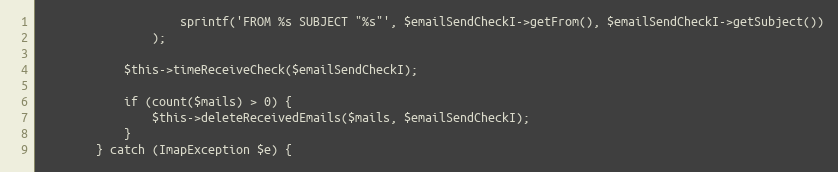
Language: PHP
                    sprintf('FROM %s SUBJECT "%s"', $emailSendCheckI->getFrom(), $emailSendCheckI->getSubject())
                );

            $this->timeReceiveCheck($emailSendCheckI);

            if (count($mails) > 0) {
                $this->deleteReceivedEmails($mails, $emailSendCheckI);
            }
        } catch (ImapException $e) {